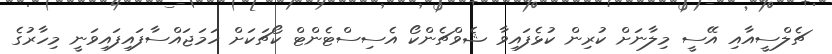
ޗެލްސީއާއި އޭސީ މިލާނަށް ކުރިން ކުޅެފައިވާ ޝެވްޗެންކޯ އެސިސްޓެންޓް ކޯޗަކަށް ހަމަޖައްސާފައިފައިވަނީ މިހާރުގެ